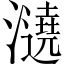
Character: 𤃤